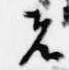
者